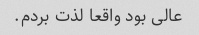
عالی بود واقعا لذت بردم.